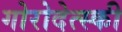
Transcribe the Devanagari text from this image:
गोरोदेत्स्की